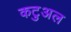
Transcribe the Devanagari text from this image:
कटुअल